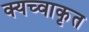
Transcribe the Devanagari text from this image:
क्यच्वाकृत